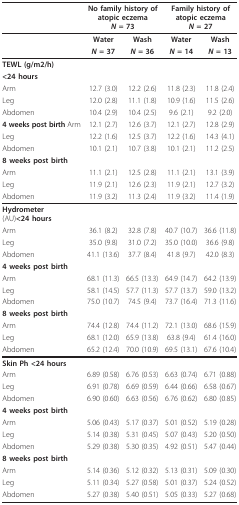
<table><thead><tr><td></td><td colspan="2"><b>No family history of atopic eczema<i>N </i>= 73</b></td><td colspan="2"><b>Family history of atopic eczema<i>N </i>= 27</b></td></tr></thead><tbody><tr><td></td><td><b>Water</b></td><td><b>Wash</b></td><td><b>Water</b></td><td><b>Wash</b></td></tr><tr><td></td><td><b><i>N </i>= 37</b></td><td><b><i>N </i>= 36</b></td><td><b><i>N </i>= 14</b></td><td><b><i>N </i>= 13</b></td></tr><tr><td><b>TEWL </b>(g/m2/h)</td><td></td><td></td><td></td><td></td></tr><tr><td><b>&lt;24 hours</b></td><td></td><td></td><td></td><td></td></tr><tr><td>Arm</td><td>12.7 (3.0)</td><td>12.2 (2.6)</td><td>11.8 (2.3)</td><td>11.8 (2.4)</td></tr><tr><td>Leg</td><td>12.0 (2.8)</td><td>11.1 (1.8)</td><td>10.9 (1.6)</td><td>11.5 (2.6)</td></tr><tr><td>Abdomen</td><td>10.4 (2.9)</td><td>10.4 (2.5)</td><td>9.6 (2.1)</td><td>9.2 (2.0)</td></tr><tr><td><b>4 weeks post birth </b>Arm</td><td>12.1 (2.7)</td><td>12.6 (3.7)</td><td>12.1 (2.7)</td><td>12.8 (2.9)</td></tr><tr><td>Leg</td><td>12.2 (1.6)</td><td>12.5 (3.7)</td><td>12.2 (1.6)</td><td>14.3 (4.1)</td></tr><tr><td>Abdomen</td><td>10.1 (2.1)</td><td>10.7 (3.8)</td><td>10.1 (2.1)</td><td>11.2 (2.5)</td></tr><tr><td><b>8 weeks post birth</b></td><td></td><td></td><td></td><td></td></tr><tr><td>Arm</td><td>11.1 (2.1)</td><td>12.5 (2.8)</td><td>11.1 (2.1)</td><td>13.1 (3.9)</td></tr><tr><td>Leg</td><td>11.9 (2.1)</td><td>12.6 (2.3)</td><td>11.9 (2.1)</td><td>12.7 (3.2)</td></tr><tr><td>Abdomen</td><td>11.9 (3.2)</td><td>11.3 (2.4)</td><td>11.9 (3.2)</td><td>11.4 (1.9)</td></tr><tr><td><b>Hydrometer </b>(AU)<b>&lt;24 hours</b></td><td></td><td></td><td></td><td></td></tr><tr><td>Arm</td><td>36.1 (8.2)</td><td>32.8 (7.8)</td><td>40.7 (10.7)</td><td>36.6 (11.8)</td></tr><tr><td>Leg</td><td>35.0 (9.8)</td><td>31.0 (7.2)</td><td>35.0 (10.0)</td><td>36.6 (9.8)</td></tr><tr><td>Abdomen</td><td>41.1 (13.6)</td><td>37.7 (8.4)</td><td>41.8 (9.7)</td><td>42.0 (8.3)</td></tr><tr><td><b>4 weeks post birth</b></td><td></td><td></td><td></td><td></td></tr><tr><td>Arm</td><td>68.1 (11.3)</td><td>66.5 (13.3)</td><td>64.9 (14.7)</td><td>64.2 (13.9)</td></tr><tr><td>Leg</td><td>58.1 (14.5)</td><td>57.7 (11.3)</td><td>57.7 (13.7)</td><td>59.0 (13.2)</td></tr><tr><td>Abdomen</td><td>75.0 (10.7)</td><td>74.5 (9.4)</td><td>73.7 (16.4)</td><td>71.3 (11.6)</td></tr><tr><td><b>8 weeks post birth</b></td><td></td><td></td><td></td><td></td></tr><tr><td>Arm</td><td>74.4 (12.8)</td><td>74.4 (11.2)</td><td>72.1 (13.0)</td><td>68.6 (15.9)</td></tr><tr><td>Leg</td><td>68.1 (12.0)</td><td>65.9 (13.8)</td><td>63.8 (9.4)</td><td>61.4 (16.0)</td></tr><tr><td>Abdomen</td><td>65.2 (12.4)</td><td>70.0 (10.9)</td><td>69.5 (13.1)</td><td>67.6 (10.4)</td></tr><tr><td><b>Skin Ph &lt;24 hours</b></td><td></td><td></td><td></td><td></td></tr><tr><td>Arm</td><td>6.89 (0.58)</td><td>6.76 (0.53)</td><td>6.63 (0.74)</td><td>6.71 (0.88)</td></tr><tr><td>Leg</td><td>6.91 (0.78)</td><td>6.69 (0.59)</td><td>6.44 (0.66)</td><td>6.58 (0.67)</td></tr><tr><td>Abdomen</td><td>6.90 (0.60)</td><td>6.63 (0.56)</td><td>6.76 (0.62)</td><td>6.80 (0.85)</td></tr><tr><td><b>4 weeks post birth</b></td><td></td><td></td><td></td><td></td></tr><tr><td>Arm</td><td>5.06 (0.43)</td><td>5.17 (0.37)</td><td>5.01 (0.52)</td><td>5.19 (0.28)</td></tr><tr><td>Leg</td><td>5.14 (0.38)</td><td>5.31 (0.45)</td><td>5.07 (0.43)</td><td>5.20 (0.50)</td></tr><tr><td>Abdomen</td><td>5.29 (0.38)</td><td>5.30 (0.35)</td><td>4.92 (0.51)</td><td>5.47 (0.44)</td></tr><tr><td><b>8 weeks post birth</b></td><td></td><td></td><td></td><td></td></tr><tr><td>Arm</td><td>5.14 (0.36)</td><td>5.12 (0.32)</td><td>5.13 (0.31)</td><td>5.09 (0.30)</td></tr><tr><td>Leg</td><td>5.11 (0.34)</td><td>5.27 (0.58)</td><td>5.01 (0.37)</td><td>5.24 (0.52)</td></tr><tr><td>Abdomen</td><td>5.27 (0.38)</td><td>5.40 (0.51)</td><td>5.05 (0.33)</td><td>5.27 (0.68)</td></tr></tbody></table>